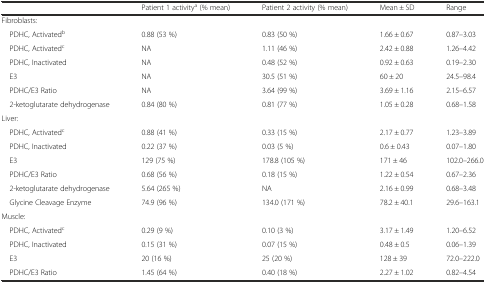
<table><thead><tr><td></td><td><b>Patient 1 activity<sup>a</sup> (% mean)</b></td><td><b>Patient 2 activity (% mean)</b></td><td><b>Mean ± SD</b></td><td><b>Range</b></td></tr></thead><tbody><tr><td>Fibroblasts:</td><td></td><td></td><td></td><td></td></tr><tr><td> PDHC, Activated<sup>b</sup></td><td>0.88 (53 %)</td><td>0.83 (50 %)</td><td>1.66 ± 0.67</td><td>0.87–3.03</td></tr><tr><td> PDHC, Activated<sup>c</sup></td><td>NA</td><td>1.11 (46 %)</td><td>2.42 ± 0.88</td><td>1.26–4.42</td></tr><tr><td> PDHC, Inactivated</td><td>NA</td><td>0.48 (52 %)</td><td>0.92 ± 0.63</td><td>0.19–2.30</td></tr><tr><td> E3</td><td>NA</td><td>30.5 (51 %)</td><td>60 ± 20</td><td>24.5–98.4</td></tr><tr><td> PDHC/E3 Ratio</td><td>NA</td><td>3.64 (99 %)</td><td>3.69 ± 1.16</td><td>2.15–6.57</td></tr><tr><td> 2-ketoglutarate dehydrogenase</td><td>0.84 (80 %)</td><td>0.81 (77 %)</td><td>1.05 ± 0.28</td><td>0.68–1.58</td></tr><tr><td>Liver:</td><td></td><td></td><td></td><td></td></tr><tr><td> PDHC, Activated<sup>c</sup></td><td>0.88 (41 %)</td><td>0.33 (15 %)</td><td>2.17 ± 0.77</td><td>1.23–3.89</td></tr><tr><td> PDHC, Inactivated</td><td>0.22 (37 %)</td><td>0.03 (5 %)</td><td>0.6 ± 0.43</td><td>0.07–1.80</td></tr><tr><td> E3</td><td>129 (75 %)</td><td>178.8 (105 %)</td><td>171 ± 46</td><td>102.0–266.0</td></tr><tr><td> PDHC/E3 Ratio</td><td>0.68 (56 %)</td><td>0.18 (15 %)</td><td>1.22 ± 0.54</td><td>0.67–2.36</td></tr><tr><td> 2-ketoglutarate dehydrogenase</td><td>5.64 (265 %)</td><td>NA</td><td>2.16 ± 0.99</td><td>0.68–3.48</td></tr><tr><td> Glycine Cleavage Enzyme</td><td>74.9 (96 %)</td><td>134.0 (171 %)</td><td>78.2 ± 40.1</td><td>29.6–163.1</td></tr><tr><td>Muscle:</td><td></td><td></td><td></td><td></td></tr><tr><td> PDHC, Activated<sup>c</sup></td><td>0.29 (9 %)</td><td>0.10 (3 %)</td><td>3.17 ± 1.49</td><td>1.20–6.52</td></tr><tr><td> PDHC, Inactivated</td><td>0.15 (31 %)</td><td>0.07 (15 %)</td><td>0.48 ± 0.5</td><td>0.06–1.39</td></tr><tr><td> E3</td><td>20 (16 %)</td><td>25 (20 %)</td><td>128 ± 39</td><td>72.0–222.0</td></tr><tr><td> PDHC/E3 Ratio</td><td>1.45 (64 %)</td><td>0.40 (18 %)</td><td>2.27 ± 1.02</td><td>0.82–4.54</td></tr></tbody></table>